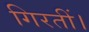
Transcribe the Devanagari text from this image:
गिरतीं।